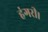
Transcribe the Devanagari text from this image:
हंगरी।